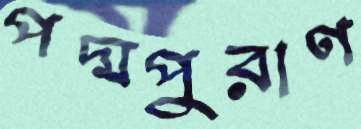
পদ্মপুরাণ